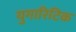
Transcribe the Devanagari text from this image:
युगारिटिक